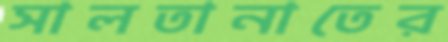
সালতানাতের